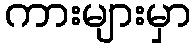
ကားများမှာ